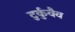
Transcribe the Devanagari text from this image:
टुर्कुवैव